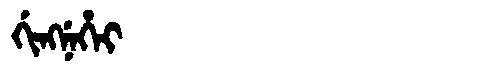
Manchu: ᡤᡳᠩᠨᡝᡥᡝᡳ
Romanization: GINGNEHEI